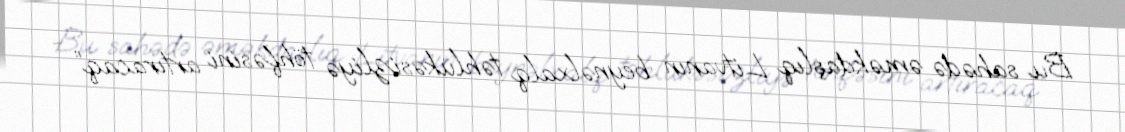
Bu sahədə əməkdaşlıq Litvanın beynəlxalq təhlükəsizliyə töhfəsini artıracaq” -